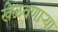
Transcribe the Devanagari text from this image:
खेळवणाऱ्या